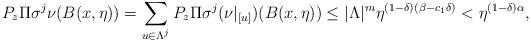
LaTeX: \begin{align*}P_{z}\Pi\sigma^{j}\nu(B(x,\eta))=\sum_{u\in\Lambda^{j}}P_{z}\Pi\sigma^{j}(\nu|_{[u]})(B(x,\eta))\le|\Lambda|^{m}\eta^{(1-\delta)(\beta-c_{1}\delta)}<\eta^{(1-\delta)\alpha},\end{align*}